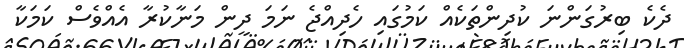
ދެކެ ބިރުގަންނަ ކުދިންތަކެއް ކަމުގައި ހެދިއްޖެ ނަމަ ދީން މަނާކުރާ އެއްވެސް ކަމަކާ